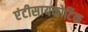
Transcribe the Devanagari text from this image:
एंटीसायकोटिक